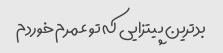
بدترین پیتزایی که تو عمرم خوردم